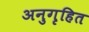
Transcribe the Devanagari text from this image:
अनुगृहित